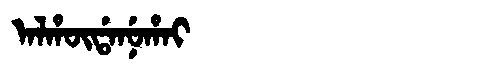
Manchu: ᠠᠯᡥᡡᡩᠠᠨᡠᡥᠠᡳ
Romanization: ALHŪDANUHAI